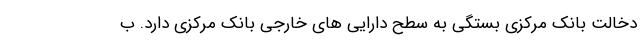
دخالت بانک مرکزی بستگی به سطح دارایی های خارجی بانک مرکزی دارد. ب